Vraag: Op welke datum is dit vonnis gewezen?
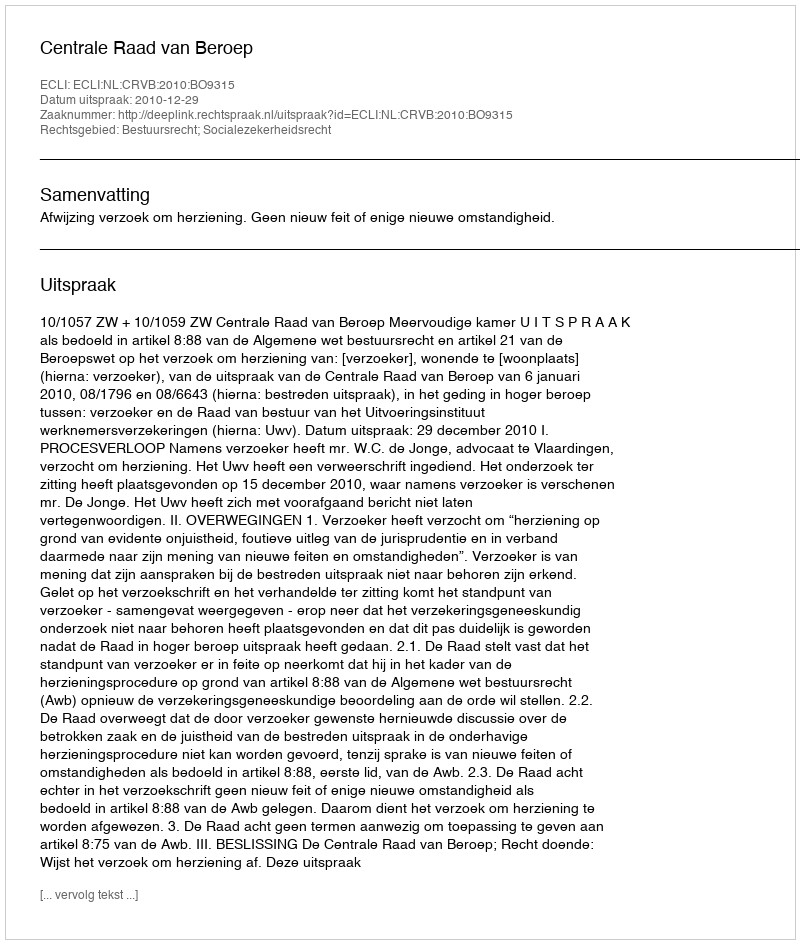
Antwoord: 2010-12-29